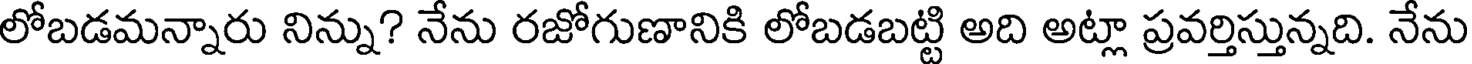
లోబడమన్నారు నిన్ను? నేను రజోగుణానికి లోబడబట్టి అది అట్లా ప్రవర్తిస్తున్నది. నేను